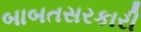
બાબતસરકારી